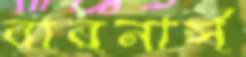
বারনার্স